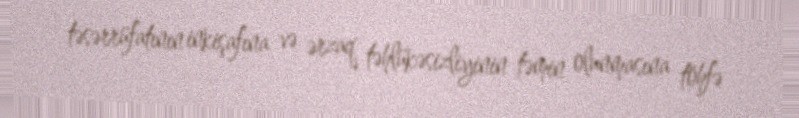
təsərrüfatının inkişafına və ərzaq təhlükəsizliyinin təmin olunmasına töhfə